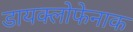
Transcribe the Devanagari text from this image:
डायक्लोफेनाक